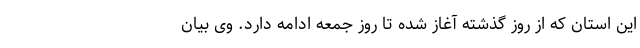
این استان که از روز گذشته آغاز شده تا روز جمعه ادامه دارد. وی بیان